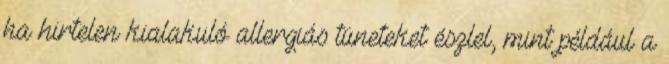
ha hirtelen kialakuló allergiás tüneteket észlel, mint például a